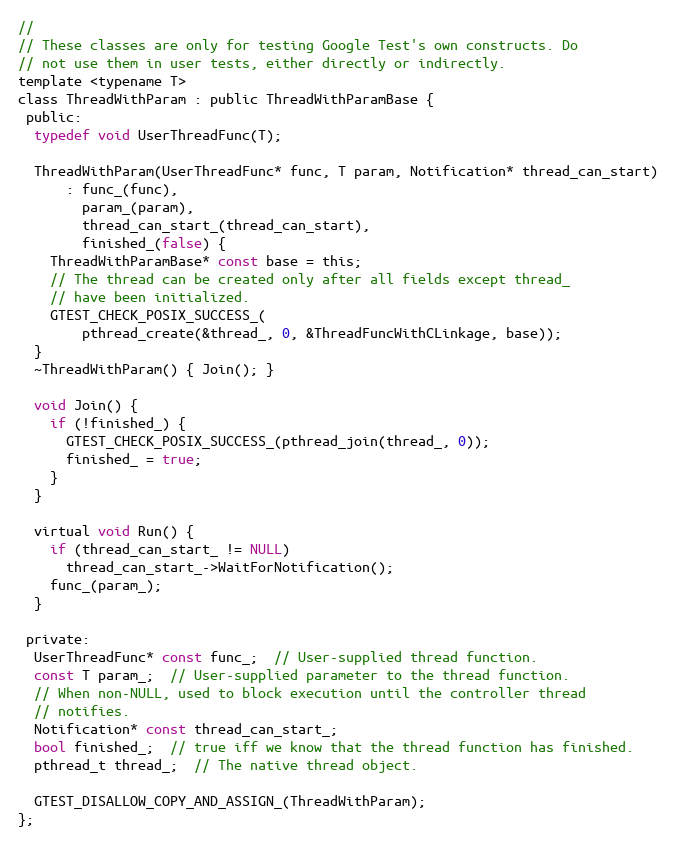
Language: C
//
// These classes are only for testing Google Test's own constructs. Do
// not use them in user tests, either directly or indirectly.
template <typename T>
class ThreadWithParam : public ThreadWithParamBase {
 public:
  typedef void UserThreadFunc(T);

  ThreadWithParam(UserThreadFunc* func, T param, Notification* thread_can_start)
      : func_(func),
        param_(param),
        thread_can_start_(thread_can_start),
        finished_(false) {
    ThreadWithParamBase* const base = this;
    // The thread can be created only after all fields except thread_
    // have been initialized.
    GTEST_CHECK_POSIX_SUCCESS_(
        pthread_create(&thread_, 0, &ThreadFuncWithCLinkage, base));
  }
  ~ThreadWithParam() { Join(); }

  void Join() {
    if (!finished_) {
      GTEST_CHECK_POSIX_SUCCESS_(pthread_join(thread_, 0));
      finished_ = true;
    }
  }

  virtual void Run() {
    if (thread_can_start_ != NULL)
      thread_can_start_->WaitForNotification();
    func_(param_);
  }

 private:
  UserThreadFunc* const func_;  // User-supplied thread function.
  const T param_;  // User-supplied parameter to the thread function.
  // When non-NULL, used to block execution until the controller thread
  // notifies.
  Notification* const thread_can_start_;
  bool finished_;  // true iff we know that the thread function has finished.
  pthread_t thread_;  // The native thread object.

  GTEST_DISALLOW_COPY_AND_ASSIGN_(ThreadWithParam);
};